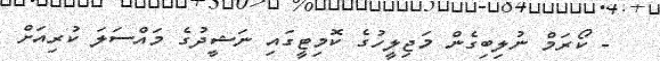
- ކޯރަމް ނުލިބިގެން މަޖިލީހުގެ ކޮމިޓީގައި ނަޝީދުގެ މައްސަލަ ކުރިއަށް